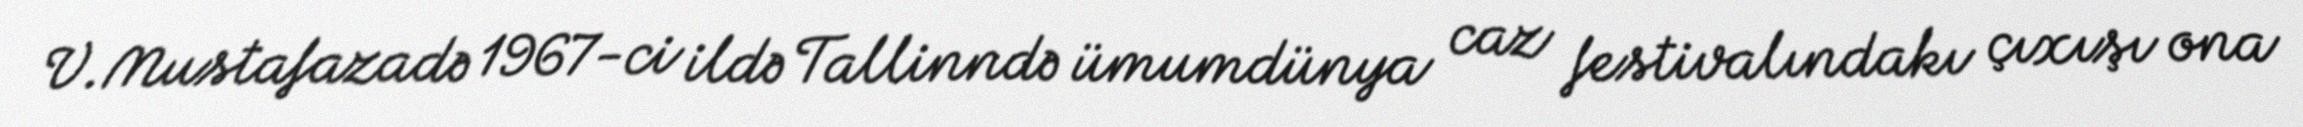
V.Mustafazadə 1967-ci ildə Tallinndə ümumdünya caz festivalındakı çıxışı ona